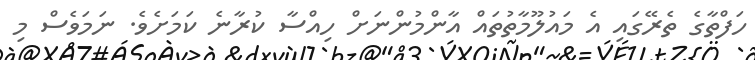
ހަފްތާގެ ތެރޭގައި އެ މައުލޫމާތުތައް އާންމުންނަށް ހިއްސާ ކުރާނެ ކަމަށެވެ. ނަމަވެސް މި